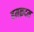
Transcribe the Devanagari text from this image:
हमक़दम